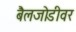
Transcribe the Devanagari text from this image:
बैलजोडीवर